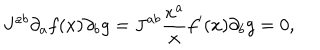
J ^ { a b } \partial _ { a } f ( x ) \partial _ { b } g = J ^ { a b } \frac { x ^ { a } } { x } f ^ { \prime } ( x ) \partial _ { b } g = 0 ,